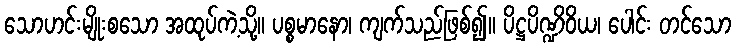
သောဟင်းမျိုးစသော အထုပ်ကဲ့သို့။ ပစ္စမာနော၊ ကျက်သည်ဖြစ်၍။ ပိဋ္ဌပိဏ္ဍိဝိယ၊ ပေါင်း တင်သော